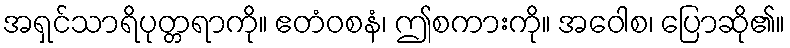
အရှင်သာရိပုတ္တရာကို။ ဧတံဝစနံ၊ ဤစကားကို။ အဝေါစ၊ ပြောဆို၏။